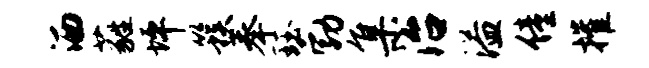
洒蕤坪簇奉珏勃集治溢僮摧